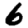
Digit: 6